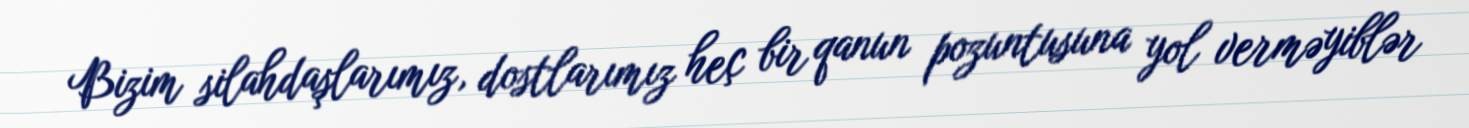
Bizim silahdaşlarımız, dostlarımız heç bir qanun pozuntusuna yol verməyiblər